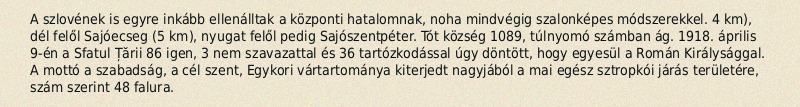
A szlovének is egyre inkább ellenálltak a központi hatalomnak, noha mindvégig szalonképes módszerekkel. 4 km), dél felől Sajóecseg (5 km), nyugat felől pedig Sajószentpéter. Tót község 1089, túlnyomó számban ág. 1918. április 9-én a Sfatul Țării 86 igen, 3 nem szavazattal és 36 tartózkodással úgy döntött, hogy egyesül a Román Királysággal. A mottó a szabadság, a cél szent, Egykori vártartománya kiterjedt nagyjából a mai egész sztropkói járás területére, szám szerint 48 falura.